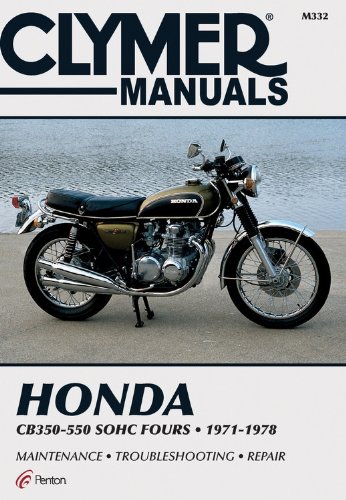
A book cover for Honda 350-550cc Fours 72-78 (Clymer Manuals: Motorcycle Repair); Penton Staff; Engineering & Transportation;